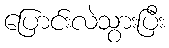
ပြောင်းလဲသွားပြီး